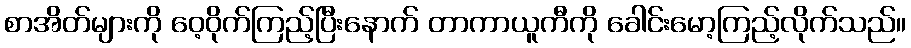
စာအိတ်များကို ဝေ့ဝိုက်ကြည့်ပြီးနောက် တာကာယူကီကို ခေါင်းမော့ကြည့်လိုက်သည်။